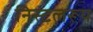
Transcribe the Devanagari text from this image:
निस्टलरूय